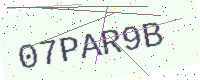
Text: 07PAR9B